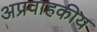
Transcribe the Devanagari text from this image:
अप्रवाहकीय